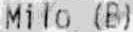
MILO (B)